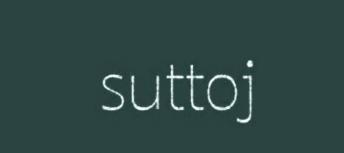
suttoj